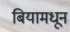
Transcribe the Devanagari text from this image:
बियामधून